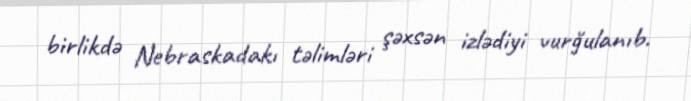
birlikdə Nebraskadakı təlimləri şəxsən izlədiyi vurğulanıb.